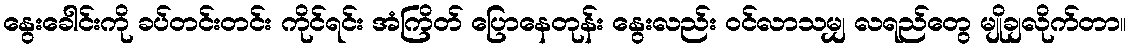
နွေးခေါင်းကို ခပ်တင်းတင်း ကိုင်ရင်း အံကြိတ် ပြောနေတုန်း နွေးလည်း ဝင်လာသမျှ လရည်တွေ မျိုချလိုက်တာ။